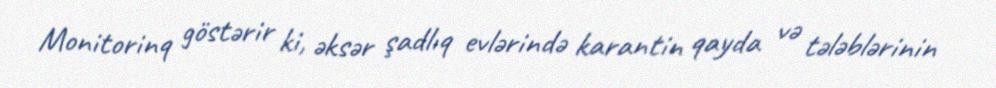
Monitorinq göstərir ki, əksər şadlıq evlərində karantin qayda və tələblərinin